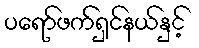
ပရော်ဖက်ရှင်နယ်နှင့်